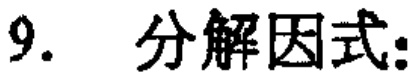
9. 分解因式: